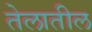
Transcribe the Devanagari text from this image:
तेलातील